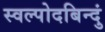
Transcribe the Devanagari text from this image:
स्वल्पोदबिन्दुं